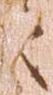
々